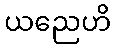
ယညေဟိ